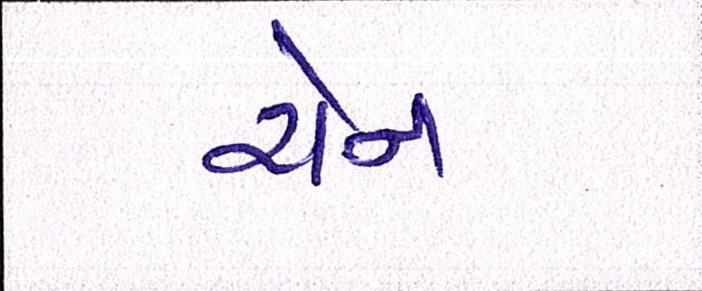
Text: ચેન